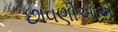
છાવણીઓએ